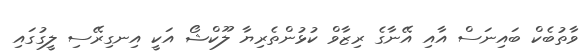
ވާތުބެކް ބައިނަސް އާއި އޭނާގެ ރިޒާވް ކުޅުންތެރިޔާ ލޫކްޝޯ އަކީ އިނގިރޭސި ލީގުގައި